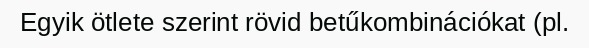
Egyik ötlete szerint rövid betűkombinációkat (pl.